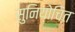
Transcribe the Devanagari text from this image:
सुनियोचित